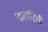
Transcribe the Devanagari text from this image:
दशनिधी